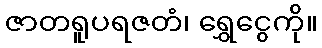
ဇာတရူပရဇတံ၊ ရွှေငွေကို။